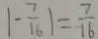
\vert - \frac { 7 } { 1 6 } \vert = \frac { 7 } { 1 6 }